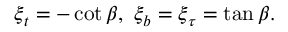
\xi _ { t } = - \cot \beta , \ \xi _ { b } = \xi _ { \tau } = \ensuremath { \tan \beta } .